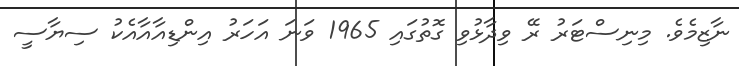
ނާޒިމެވެ. މިނިސްޓަރު ރޭ ވިދާޅުވި ގޮތުގައި 1965 ވަނަ އަހަރު އިންޑިއާއާއެކު ސިޔާސީ